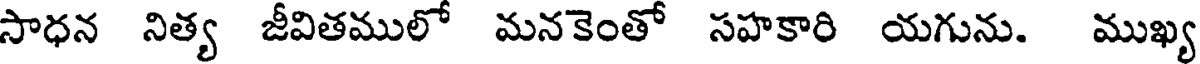
సాధన నిత్య జీవితములో మనకెంతో సహకారి యగును. ముఖ్య